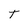
Character: T